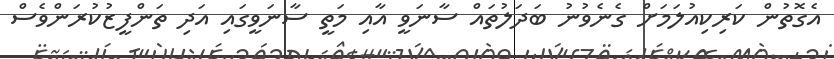
އެގޮތުން ކަރިކިއުލަމަށް ގެނެވުނު ބަދަލުތައް ސާނަވީ އާއި މަތީ ސާނަވީގައި އަދި ތަންފީޒުކުރަންވެސް